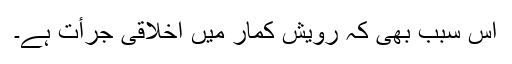
اس سبب بھی کہ رویش کمار میں اخلاقی جرأت ہے۔